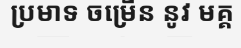
ប្រមាទ ចម្រើន នូវ មគ្គ